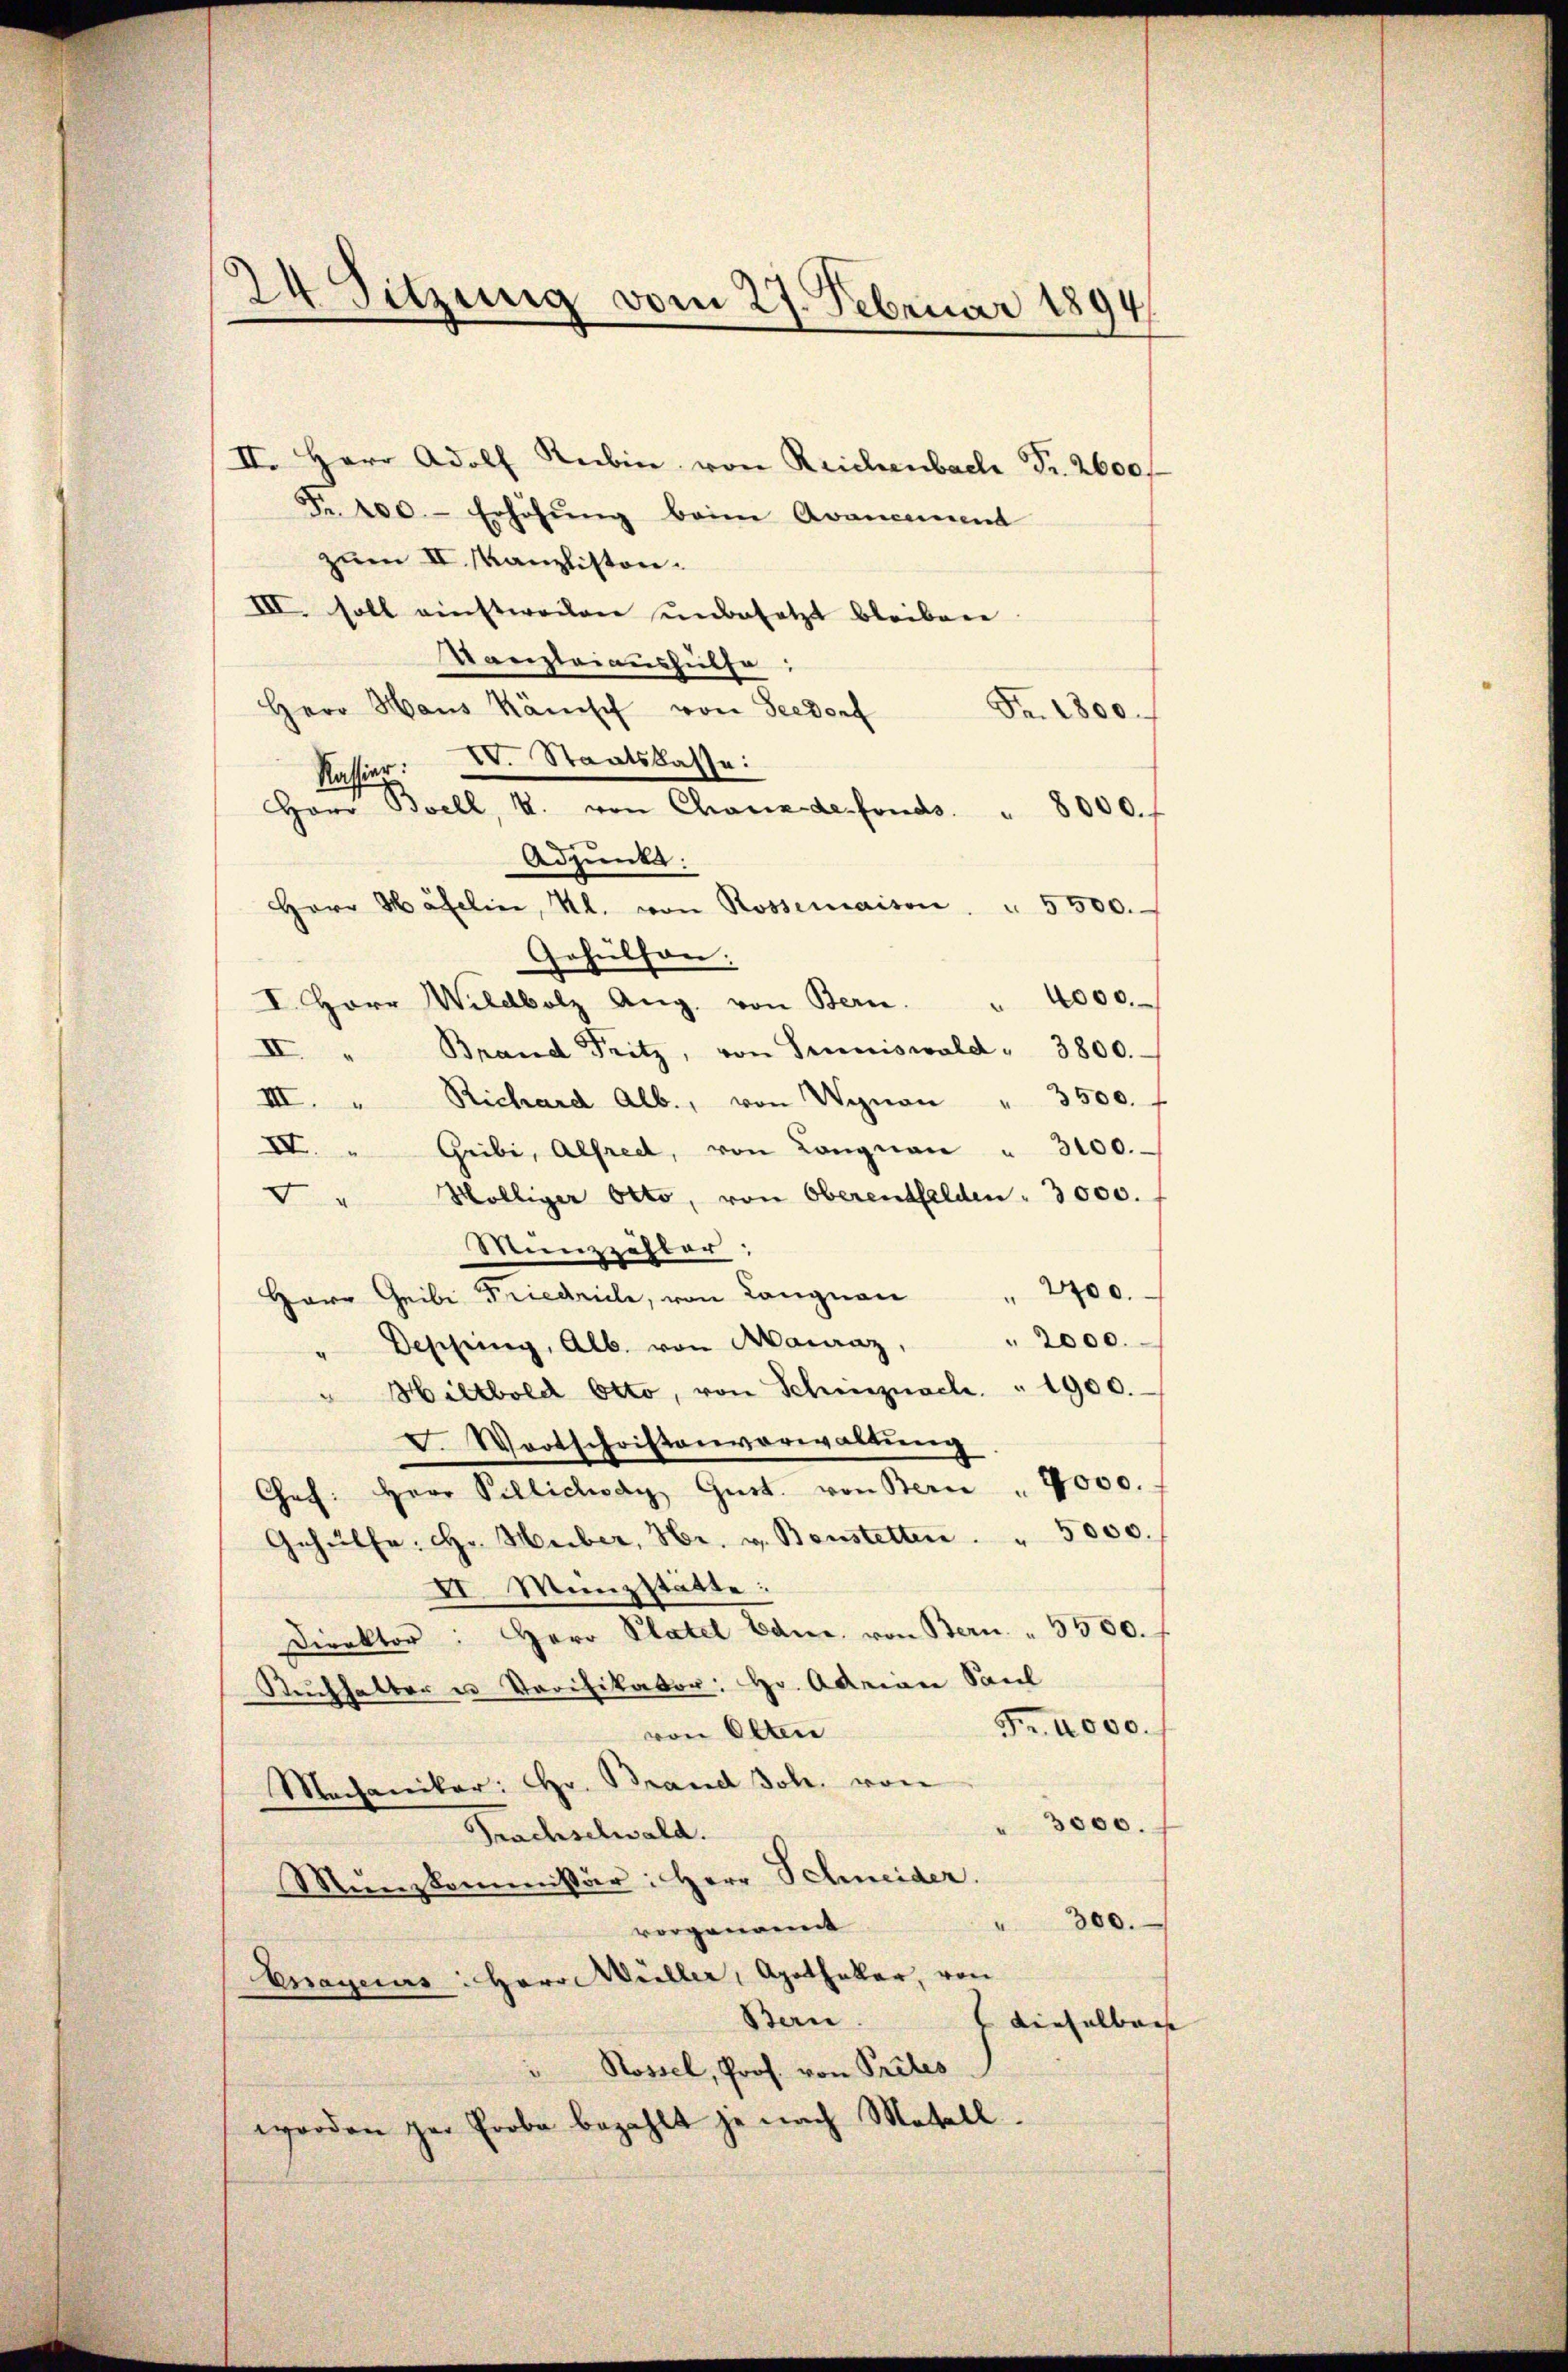
24 Sitzung vom 27. Februar 1894

II. Herr Adolf Reiben von Reichenbach Fr. 2600 f
Fr. 100.- Erhöhŭng beim Avancement
zum II. Kanzliston.
III. soll einstweilen unbesetzt bleiben.
Kanzleiaushülfe:
Herr Haus känisch von Seedorf
Fr. 1800.
Kassier. IV. Staatskasse:
Gehülfen.
I. Herr Wildbolz Aug. von Bern. " 4000.
Brand Fritz, von Gruniswald " 3800.
II
III. " Richard Alb., von Wynon " 3500. f
IV. " Gribi, Alfred, von Langnau " 3100.
5 " Mölliger Otto, von Oberentfelden . 3000.
Münzzähler;
Herr Geibe Friedrich, von Langnau " 2400.
" 2000.
Depping, Alb. von Mauraz,
" Hiltbold Otto, von Schinznach.  "  1900.
F. Wortschriftenverwaltŭng
Chef. Herr Villichody Gŭst. von Bern " 4000.
Gehülfe. Hr. Huber, Hr. v. Bonstetten. " 5000.
II. Münzstätte:
Direktor: Herr Platel Dane, von Bern. " 3500.
Ruchhalter u Verifikator: Hr. Adrian Saul
Fr. 4000.
von Olten
Mechaniker: Hr. Brand Joh. von
3000.
Frachselwald.
Mŭnzkommissär: Herr Schneider.
" 300.
vorgenomt
Cnageius: Herr Wüller, Agathaller, von
Bern
dieselber |
" Rossel, Prof. von Prites
worden zur Erobe bezahlt je nach Metall

Herr Bvell, u. von Charade fonds. " 8000. f
Adpunkt:
Herr Häfelin, Kl. von Rossemaison. " 5500.